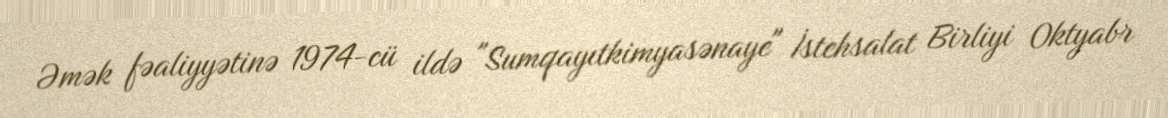
Əmək fəaliyyətinə 1974-cü ildə "Sumqayıtkimyasənaye" İstehsalat Birliyi Oktyabr